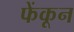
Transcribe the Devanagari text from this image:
फेंकून